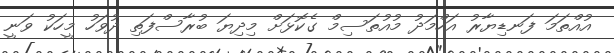
އުއްތަމަ ފަނޑިޔާރު އަހްމަދު މުއުތަސިމް ގެކޮޅަށް މިިދިޔަ ބުރާސްފަތި ދުވަހު މީހަކު ވަނީ